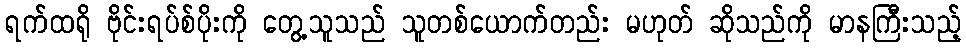
ရက်ထရို ဗိုင်းရပ်စ်ပိုးကို တွေ့သူသည် သူတစ်ယောက်တည်း မဟုတ် ဆိုသည်ကို မာနကြီးသည့်